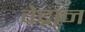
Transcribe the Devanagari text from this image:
वेद्रान